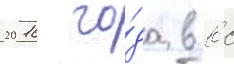
2016 го́да в вс